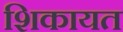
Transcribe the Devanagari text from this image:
शिकायत